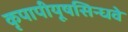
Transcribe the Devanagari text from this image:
कृपापीयूषसिन्धवे